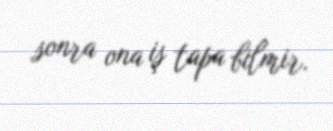
sonra ona iş tapa bilmir.